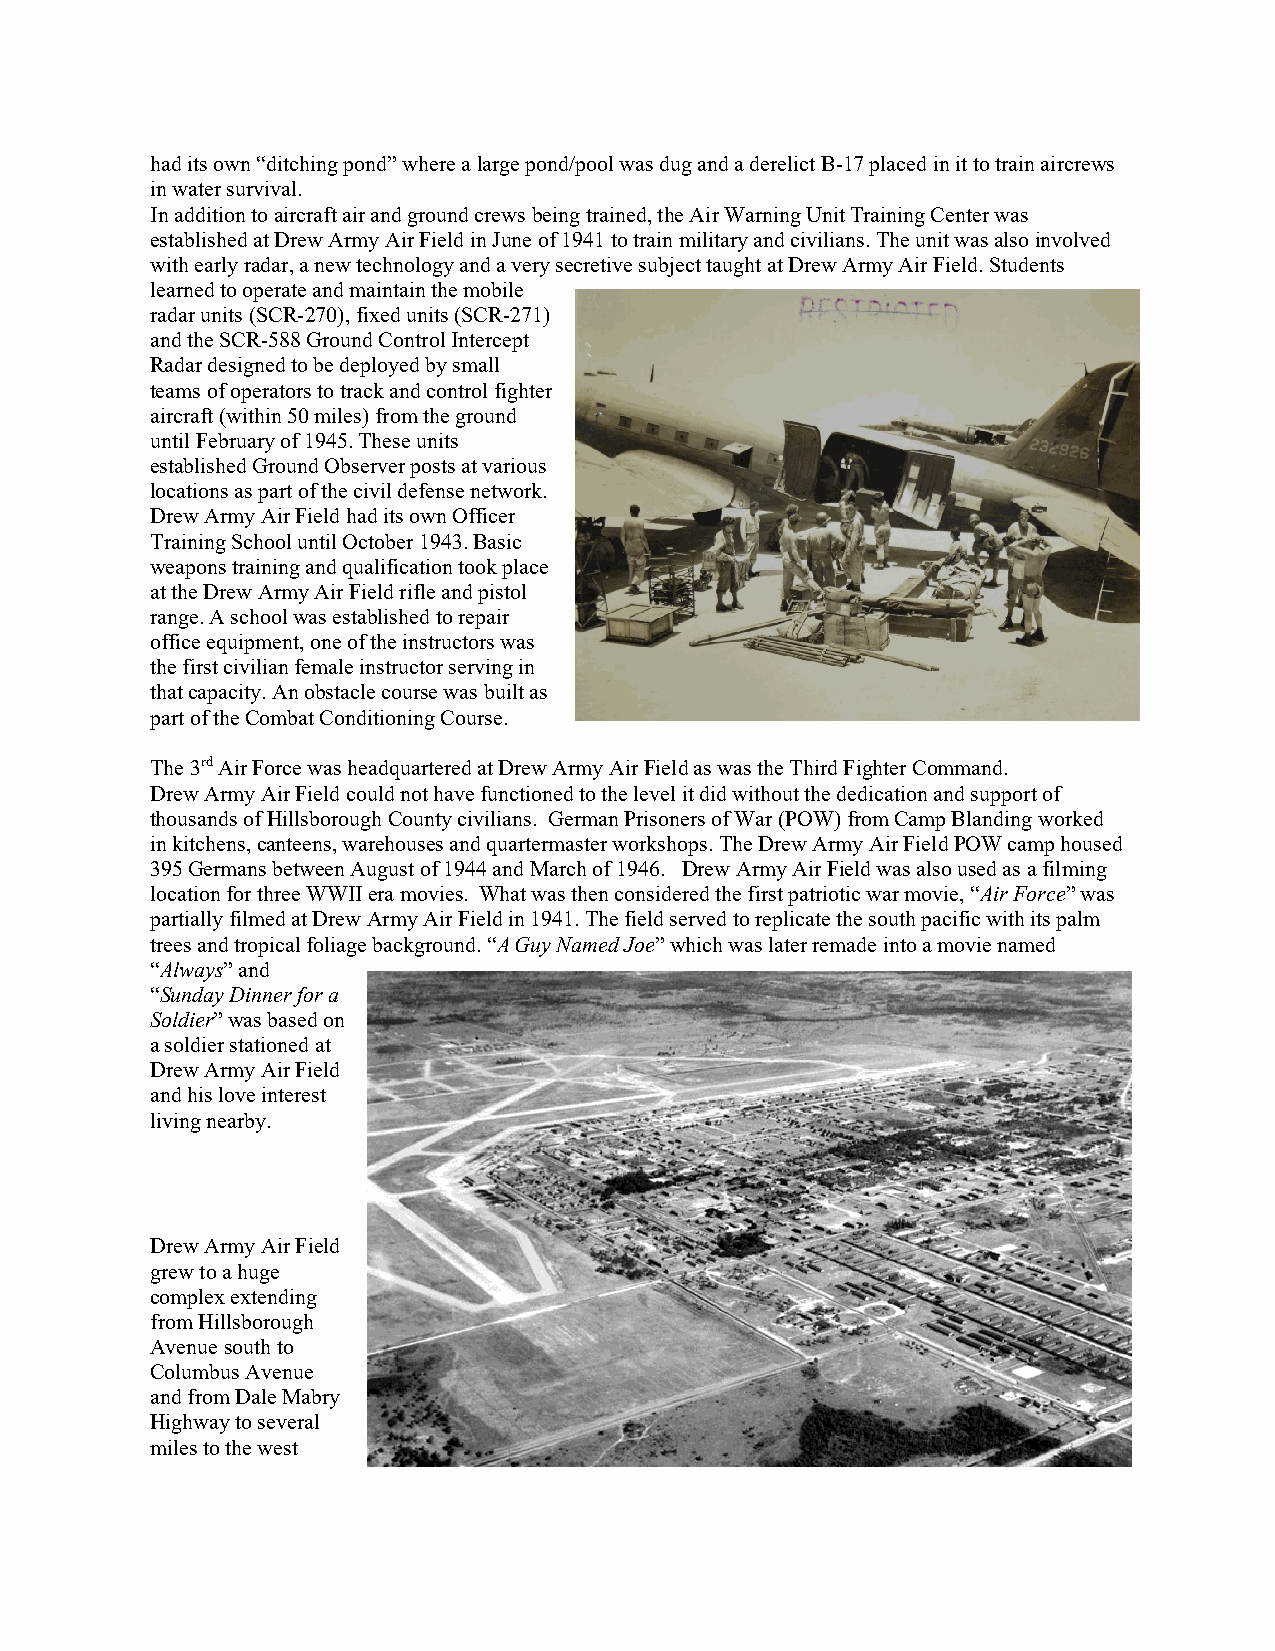
had its own “ditching pond” where a large pond/pool was dug and a derelict B-17 placed in it to train aircrews
 in water survival.
 In addition to aircraft air and ground crews being trained, the Air Warning Unit Training Center was
 established at Drew Army Air Field in June of 1941 to train military and civilians. The unit was also involved
 with early radar, a new technology and a very secretive subject taught at Drew Army Air Field. Students
 learned to operate and maintain the mobile
 radar units (SCR-270), fixed units (SCR-271)
 and the SCR-588 Ground Control Intercept
 Radar designed to be deployed by small
 teams of operators to track and control fighter
 aircraft (within 50 miles) from the ground
 until February of 1945. These units
 established Ground Observer posts at various
 locations as part of the civil defense network.
 Drew Army Air Field had its own Officer
 Training School until October 1943. Basic
 weapons training and qualification took place
 at the Drew Army Air Field rifle and pistol
 range. A school was established to repair
 office equipment, one of the instructors was
 the first civilian female instructor serving in
 that capacity. An obstacle course was built as
 part of the Combat Conditioning Course.
 The 3rd Air Force was headquartered at Drew Army Air Field as was the Third Fighter Command.
 Drew Army Air Field could not have functioned to the level it did without the dedication and support of
 thousands of Hillsborough County civilians. German Prisoners of War (POW) from Camp Blanding worked
 in kitchens, canteens, warehouses and quartermaster workshops. The Drew Army Air Field POW camp housed
 395 Germans between August of 1944 and March of 1946. Drew Army Air Field was also used as a filming
 location for three WWII era movies. What was then considered the first patriotic war movie, “Air Force” was
 partially filmed at Drew Army Air Field in 1941. The field served to replicate the south pacific with its palm
 trees and tropical foliage background. “A Guy Named Joe” which was later remade into a movie named
 “Always” and
 “Sunday Dinner for a
 Soldier” was based on
 a soldier stationed at
 Drew Army Air Field
 and his love interest
 living nearby.
 Drew Army Air Field
 grew to a huge
 complex extending
 from Hillsborough
 Avenue south to
 Columbus Avenue
 and from Dale Mabry
 Highway to several
 miles to the west